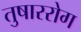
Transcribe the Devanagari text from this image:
तुषाररोग